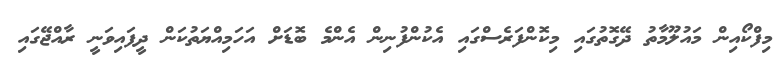
މިފްކޯއިން މައުލޫމާތު ދޭގޮތުގައި މިކޮންފަރެސްގައި އެކުންފުނިން އެންމެ ބޮޑަށް އަހަމިއްޔަތުކަން ދީފައިވަނީ ރާއްޖޭގައި